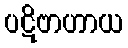
ပဋိဗာဟာယ